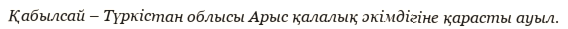
Қабылсай – Түркістан облысы Арыс қалалық әкімдігіне қарасты ауыл.